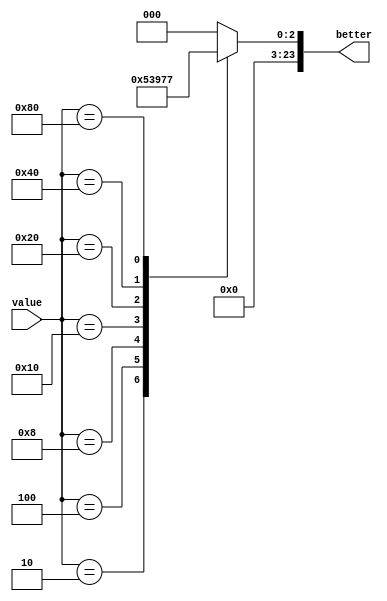
/*
   This file was generated automatically by the Mojo IDE version B1.3.5.
   Do not edit this file directly. Instead edit the original Lucid source.
   This is a temporary file and any changes made to it will be destroyed.
*/

module convert_2 (
    input [23:0] value,
    output reg [23:0] better
  );
  
  
  
  always @* begin
    
    case (value)
      1'h1: begin
        better = 1'h0;
      end
      2'h2: begin
        better = 1'h1;
      end
      3'h4: begin
        better = 2'h2;
      end
      4'h8: begin
        better = 2'h3;
      end
      5'h10: begin
        better = 3'h4;
      end
      6'h20: begin
        better = 3'h5;
      end
      7'h40: begin
        better = 3'h6;
      end
      8'h80: begin
        better = 3'h7;
      end
      default: begin
        better = 1'h0;
      end
    endcase
  end
endmodule